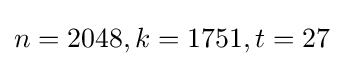
n=2048,k=1751,t=27